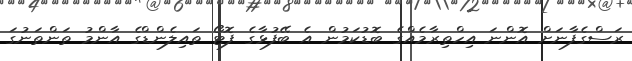
ރަސްގެފާނަށް އޮންނަ އިހްތިރާމެއްގެ ބޮޑުކަމުން އެ ބޭފުޅާގެ ފޮޓޯ ތައިލެންޑްގެ އާންމު ތަންތަނުގަ